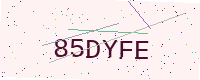
Text: 85DYFE